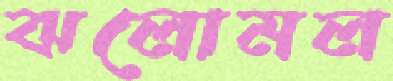
ঝলোমল